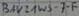
Text: BAV21WS-7-F